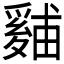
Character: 𪺙